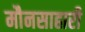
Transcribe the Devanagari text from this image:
मौनसाहारी